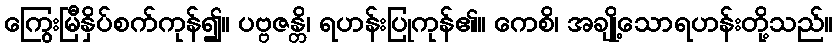
ကြွေးမြီနှိပ်စက်ကုန်၍။ ပဗ္ဗဇန္တိ၊ ရဟန်းပြုကုန်၏။ ကေစိ၊ အချို့သောရဟန်းတို့သည်။